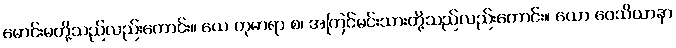
မောင်းမတို့သည်လည်းကောင်း။ ယေ ကုမာရာ စ၊ အကြင်မင်းသားတို့သည်လည်းကောင်း။ ယော ဝေသိယာနာ